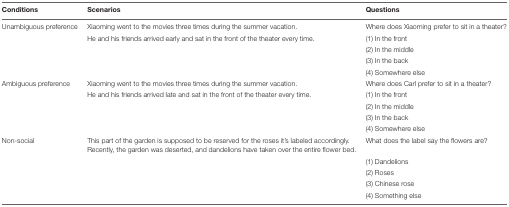
<table><thead><tr><td><b>Conditions</b></td><td><b>Scenarios</b></td><td><b>Questions</b></td></tr></thead><tbody><tr><td>Unambiguous preference</td><td>Xiaoming went to the movies three times during the summer vacation.</td><td>Where does Xiaoming prefer to sit in a theater?</td></tr><tr><td></td><td>He and his friends arrived early and sat in the front of the theater every time.</td><td>(1) In the front</td></tr><tr><td></td><td></td><td>(2) In the middle</td></tr><tr><td></td><td></td><td>(3) In the back</td></tr><tr><td></td><td></td><td>(4) Somewhere else</td></tr><tr><td>Ambiguous preference</td><td>Xiaoming went to the movies three times during the summer vacation.</td><td>Where does Carl prefer to sit in a theater?</td></tr><tr><td></td><td>He and his friends arrived late and sat in the front of the theater every time.</td><td>(1) In the front</td></tr><tr><td></td><td></td><td>(2) In the middle</td></tr><tr><td></td><td></td><td>(3) In the back</td></tr><tr><td></td><td></td><td>(4) Somewhere else</td></tr><tr><td>Non-social</td><td>This part of the garden is supposed to be reserved for the roses it’s labeled accordingly. Recently, the garden was deserted, and dandelions have taken over the entire flower bed.</td><td>What does the label say the flowers are?</td></tr><tr><td></td><td></td><td>(1) Dandelions</td></tr><tr><td></td><td></td><td>(2) Roses</td></tr><tr><td></td><td></td><td>(3) Chinese rose</td></tr><tr><td></td><td></td><td>(4) Something else</td></tr></tbody></table>